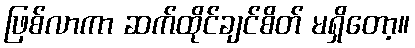
ဖြစ်လာကာ ဆက်ထိုင်ချင်စိတ် မရှိတော့။